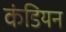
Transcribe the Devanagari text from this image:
कंडियन